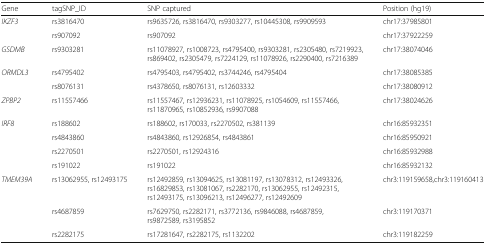
<table><thead><tr><td><b>Gene</b></td><td><b>tagSNP_ID</b></td><td><b>SNP captured</b></td><td><b>Position (hg19)</b></td></tr></thead><tbody><tr><td rowspan="2"><i>IKZF3</i></td><td>rs3816470</td><td>rs9635726, rs3816470, rs9303277, rs10445308, rs9909593</td><td>chr17:37985801</td></tr><tr><td>rs907092</td><td>rs907092</td><td>chr17:37922259</td></tr><tr><td><i>GSDMB</i></td><td>rs9303281</td><td>rs11078927, rs1008723, rs4795400, rs9303281, rs2305480, rs7219923, rs869402, rs2305479, rs7224129, rs11078926, rs2290400, rs7216389</td><td>chr17:38074046</td></tr><tr><td rowspan="2"><i>ORMDL3</i></td><td>rs4795402</td><td>rs4795403, rs4795402, rs3744246, rs4795404</td><td>chr17:38085385</td></tr><tr><td>rs8076131</td><td>rs4378650, rs8076131, rs12603332</td><td>chr17:38080912</td></tr><tr><td><i>ZPBP2</i></td><td>rs11557466</td><td>rs11557467, rs12936231, rs11078925, rs1054609, rs11557466, rs11870965, rs10852936, rs9907088</td><td>chr17:38024626</td></tr><tr><td rowspan="4"><i>IRF8</i></td><td>rs188602</td><td>rs188602, rs170033, rs2270502, rs381139</td><td>chr16:85932351</td></tr><tr><td>rs4843860</td><td>rs4843860, rs12926854, rs4843861</td><td>chr16:85950921</td></tr><tr><td>rs2270501</td><td>rs2270501, rs12924316</td><td>chr16:85932988</td></tr><tr><td>rs191022</td><td>rs191022</td><td>chr16:85932132</td></tr><tr><td rowspan="3"><i>TMEM39A</i></td><td>rs13062955, rs12493175</td><td>rs12492859, rs13094625, rs13081197, rs13078312, rs12493326, rs16829853, rs13081067, rs2282170, rs13062955, rs12492315, rs12493175, rs13096213, rs12496277, rs12492609</td><td>chr3:119159658,chr3:119160413</td></tr><tr><td>rs4687859</td><td>rs7629750, rs2282171, rs3772136, rs9846088, rs4687859, rs9872589, rs3195852</td><td>chr3:119170371</td></tr><tr><td>rs2282175</td><td>rs17281647, rs2282175, rs1132202</td><td>chr3:119182259</td></tr></tbody></table>